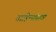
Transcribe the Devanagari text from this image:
वाहिन्यांसाठी